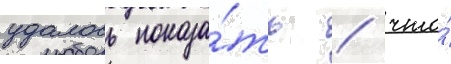
удалось показа́ть / что́